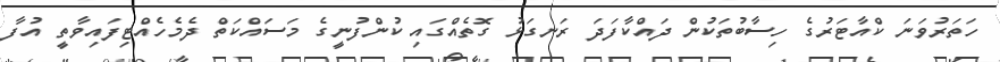
ހަތަރުވަނަ ކްއާޓަރުގެ ހިސާބުތަކުން ދައްކާފަދަ ރަނގަޅު ގޮތެއްގައި ކުންފުނީގެ މަސައްކަތް ދެމެހެއްޓިފައިވާތީ އުފާ